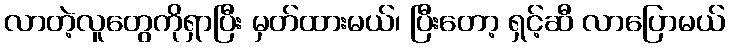
လာတဲ့လူတွေကိုရှာပြီး မှတ်ထားမယ်၊ ပြီးတော့ ရှင့်ဆီ လာပြောမယ်